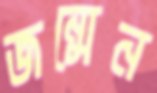
জন্মেন